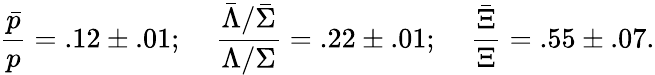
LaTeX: \frac{\bar{p}}{p}=.12\pm.01;\; \; \; \; \frac{\bar{\Lambda}/\bar{\Sigma}}{\Lambda/\Sigma}=.22\pm.01;\; \; \; \; \frac{\bar{\Xi}}{\Xi}=.55\pm.07.